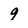
Character: 9